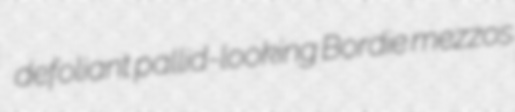
defoliant pallid-looking Bordie mezzos